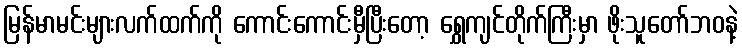
မြန်မာမင်းများလက်ထက်ကို ကောင်းကောင်းမှီပြီးတော့ ရွှေကျင်တိုက်ကြီးမှာ ဖိုးသူတော်ဘဝနဲ့